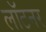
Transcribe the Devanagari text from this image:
लॉटनर